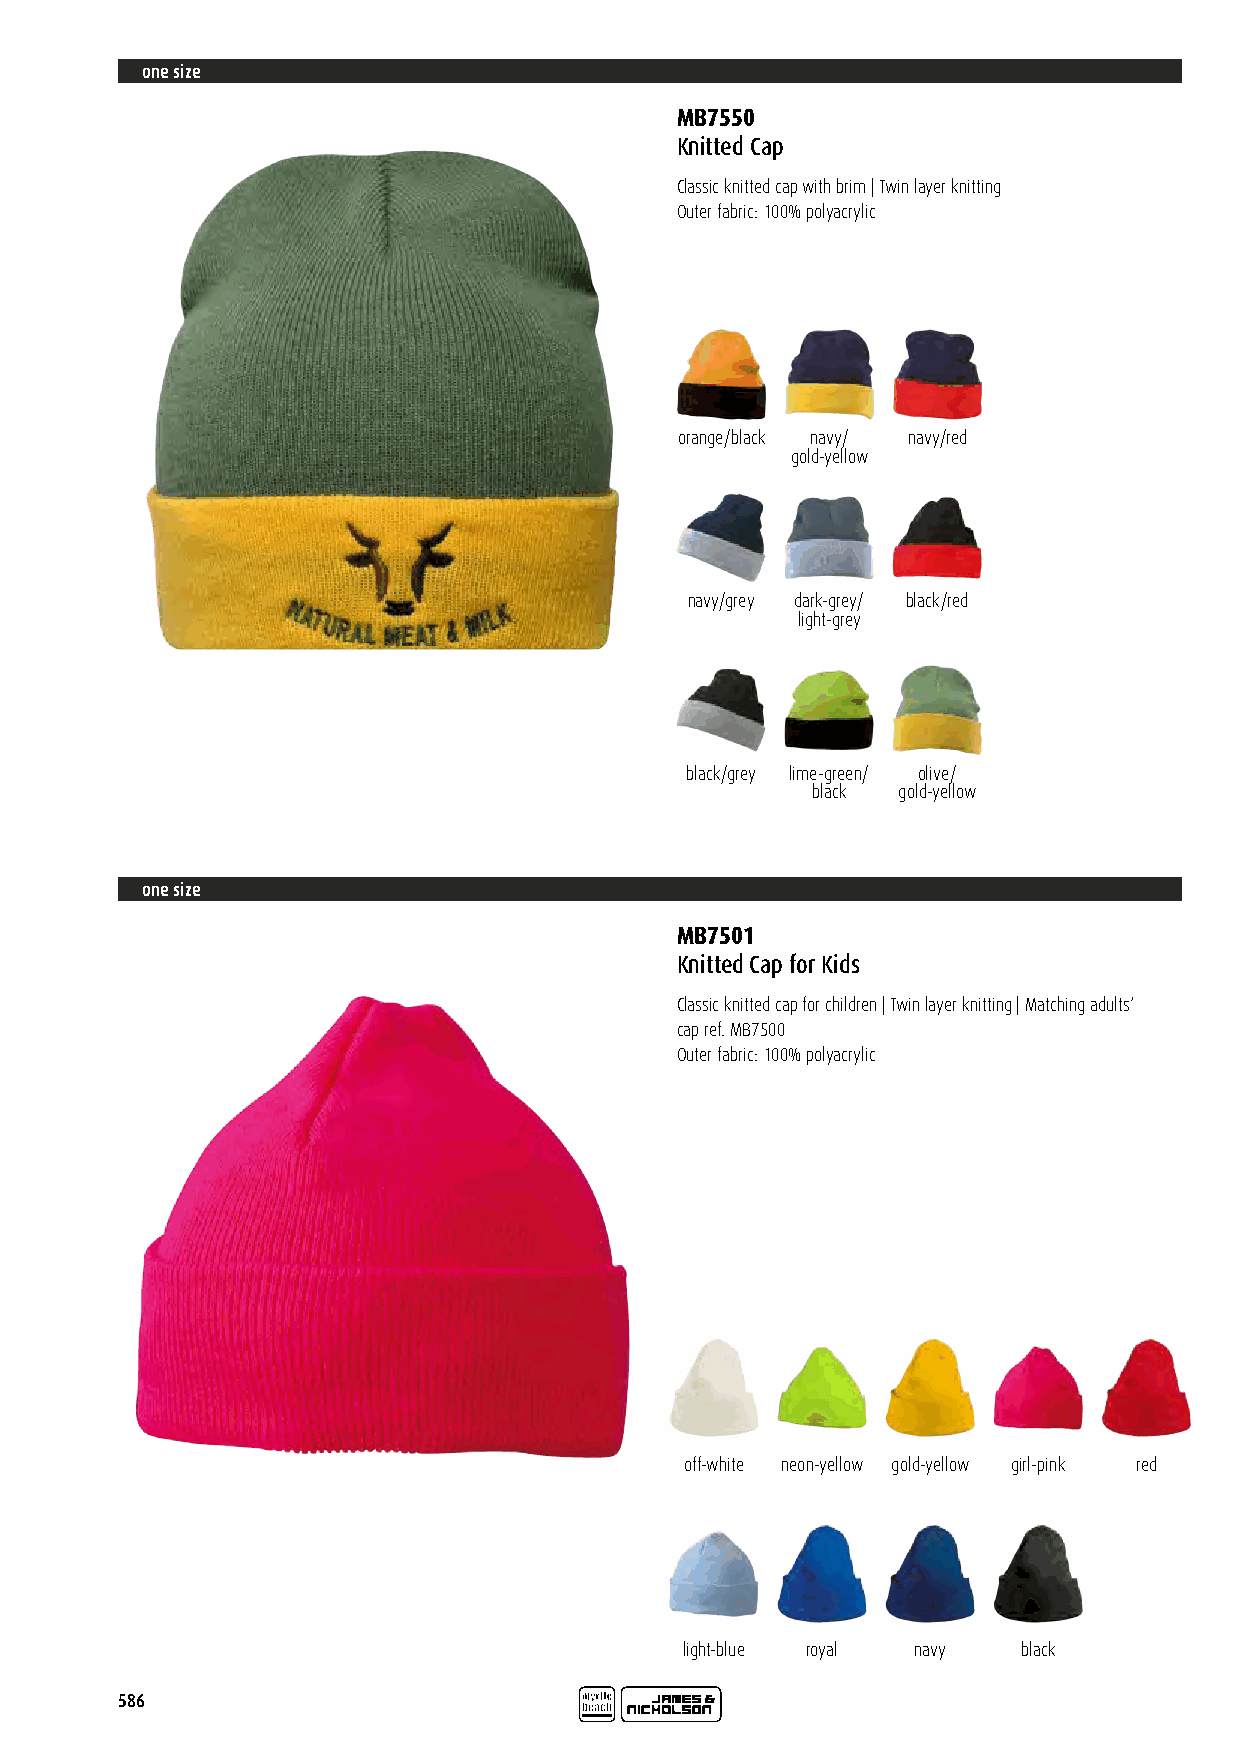
one size
 MB7550
 Knitted Cap
 Classic knitted cap with brim | Twin layer knitting
 Outer fabric: 100% polyacrylic
 orange/black navy/ navy/red
 gold-yellow
 navy/grey dark-grey/ black/red
 light-grey
 black/grey lime-green/ olive/
 black gold-yellow
 one size
 MB7501
 Knitted Cap for Kids
 Classic knitted cap for children | Twin layer knitting | Matching adults‘
 cap ref. MB7500
 Outer fabric: 100% polyacrylic
 off-white neon-yellow gold-yellow girl-pink red
 light-blue royal navy  black
 586